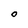
Character: O